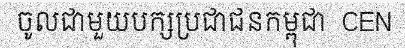
ចូលជាមួយបក្សប្រជាជនកម្ពុជា  CEN